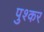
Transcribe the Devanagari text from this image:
पुश्कर